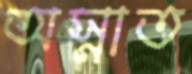
অস্নাত